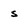
Character: s